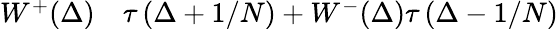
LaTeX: \begin{array}{rl}{W^{+}(\Delta)}&{{}\tau\left(\Delta+1/N\right)+W^{-}(\Delta)\tau\left(\Delta-1/N\right)}\end{array}